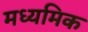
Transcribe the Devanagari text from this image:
मध्यमिक